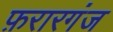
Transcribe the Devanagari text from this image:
फ़रारगंज